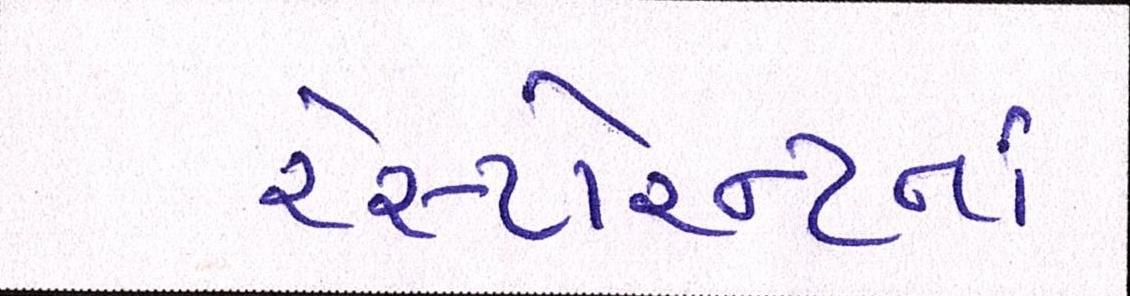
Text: રેસ્ટોરન્ટનાં